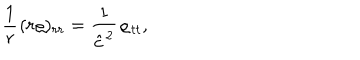
LaTeX: \frac 1 { r } { \kern 0 . 7 p t } ( r \varrho ) _ { r r } = \frac 1 { \hat { c } ^ { 2 } } \varrho _ { t t } ,